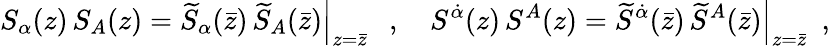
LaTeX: S_{\alpha}(z)\, S_{A}(z)=\left.\widetilde S_{\alpha}(\bar{z})\, \widetilde S_{A}(\bar{z})\right|_{z=\bar{z}}~~~,~~~~S^{\dot{\alpha}}(z)\, S^{A}(z)=\left.\widetilde S^{\dot{\alpha}}(\bar{z})\, \widetilde S^{A}(\bar{z})\right|_{z=\bar{z}}~~,